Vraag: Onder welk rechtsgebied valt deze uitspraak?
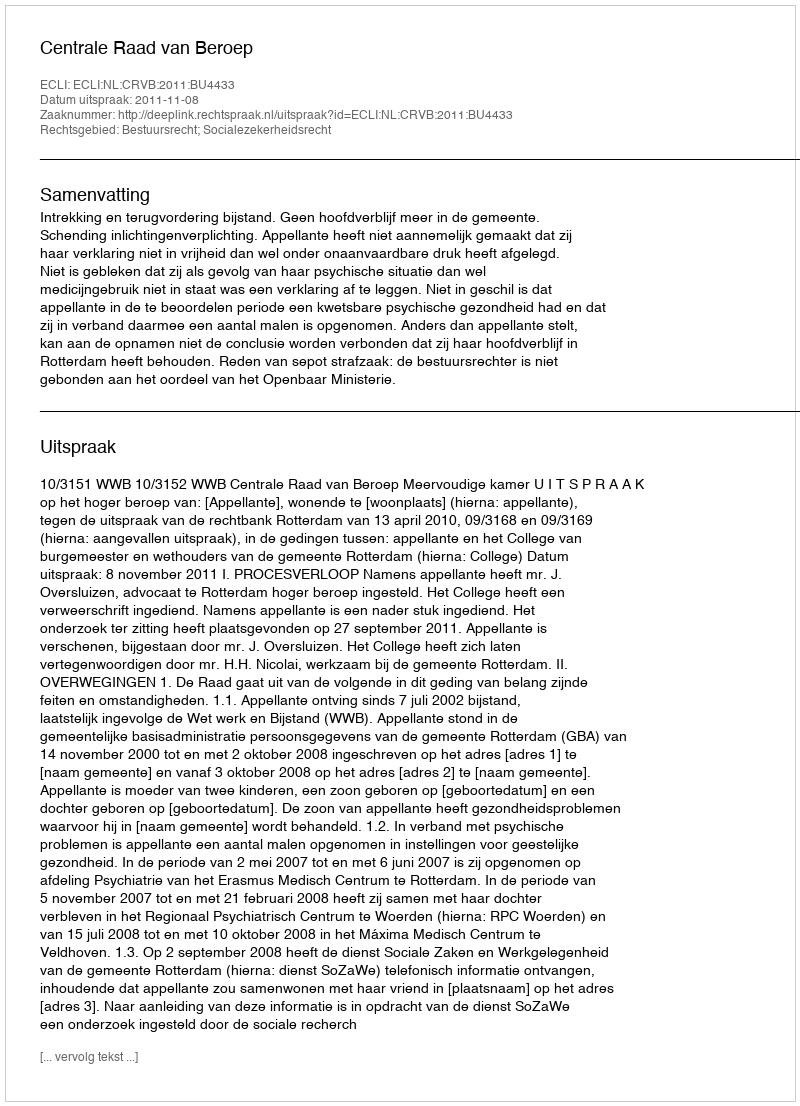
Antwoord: Bestuursrecht; Socialezekerheidsrecht